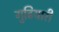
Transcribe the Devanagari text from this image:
गुढियारी